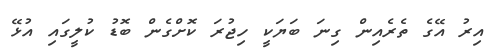
އިރު އޭގެ ތެރެއިން ގިނަ ބަޔަކީ ހިޖުރަ ކޮށްގެން ބޮޑު ކުލީގައި އުޅޭ